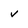
Character: v